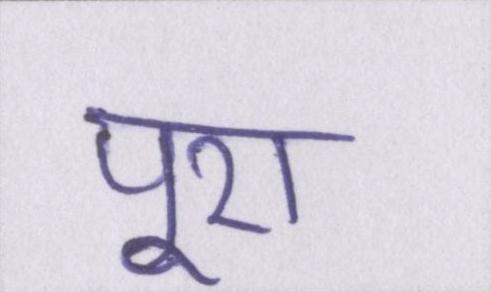
पूरा